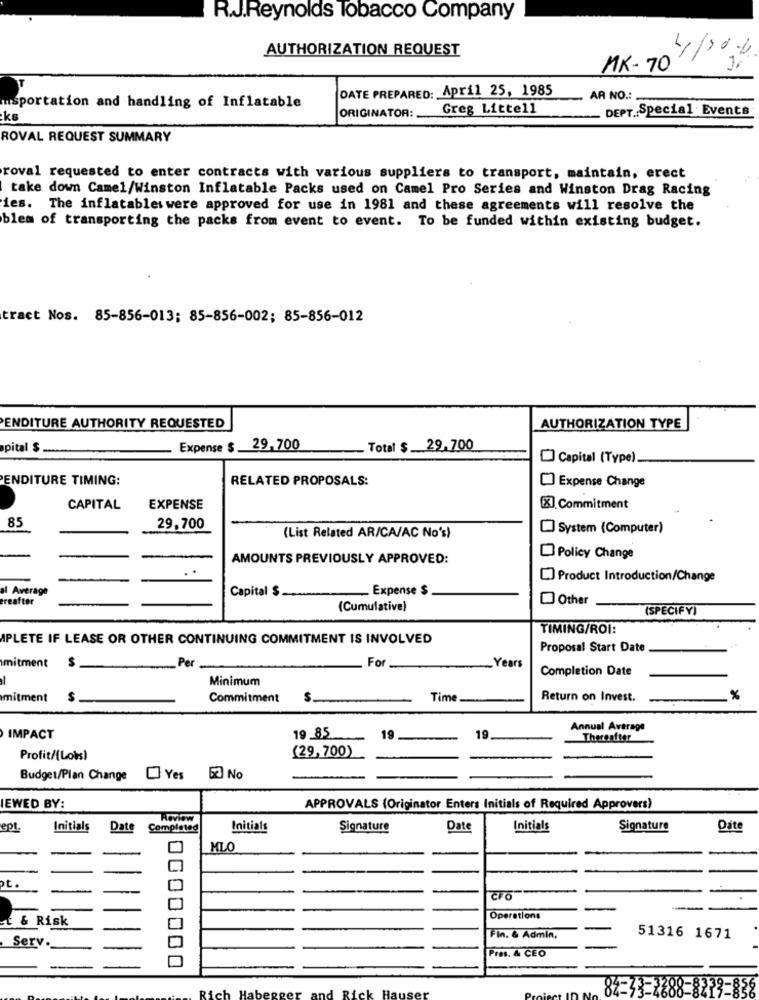
R.J.Reynolds Tobacco Company
AUTHORIZATION REQUEST
4/2014
MK-70
DATE PREPARED: April 25, 1985
msportation and handling of Inflatable
AR NO .:
Greg Littell
- DEPT. Special Events
ks
ORIGINATOR:
ROVAL REQUEST SUMMARY
roval requested to enter contracts with various suppliers to transport, maintain, erect
take down Camel/Winston Inflatable Packs used on Camel Pro Series and Winston Drag Racing
ies. The inflatables were approved for use in 1981 and these agreements will resolve the
blem of transporting the packs from event to event. To be funded within existing budget.
tract Nos. 85-856-013; 85-856-002; 85-856-012
ENDITURE AUTHORITY REQUESTED
AUTHORIZATION TYPE
apital $
Expense $ 29,700
Total $ 29.700
Capital (Type).
ENDITURE TIMING:
RELATED PROPOSALS:
Expense Change
CAPITAL
EXPENSE
[X] Commitment
85
29,700
System (Computer)
(List Related AR/CA/AC No's)
AMOUNTS PREVIOUSLY APPROVED:
Policy Change
Product Introduction/Change
al Average
Capital $
Expense $
treafter
Other
(Cumulative)
(SPECIFY)
TIMING/ROI:
APLETE IF LEASE OR OTHER CONTINUING COMMITMENT IS INVOLVED
Proposal Start Date
S
Per
For
mitment
_Years
Completion Date
Minimum
mitment
$
Commitment
$
Time
Return on Invest.
%
Annual Average
IMPACT
19 85
19
19
Thereafter
(29, 700)
Profit/(Lots)
Budget/Plan Change [] Yes
53 No
IEWED BY:
APPROVALS (Originator Enters Initials of Required Approvers)
Review
ept.
Initials
Date
Completed
Initials
Signature
Date
Initials
Signature
Date
MLO
ot.
CFO
t & Risk
Operations
Fin. & Admin.
51316 1671
Serv.
Pres. & CEO
and Rick
82-33-2888-8273-83